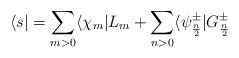
LaTeX: \begin{align*}\langle s| = \sum_{m>0} \langle \chi_m| L_m +\sum_{n>0} \langle \psi^\pm_{n\over2}| G^\pm_{n\over2}\end{align*}